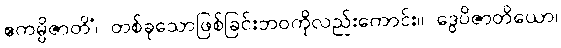
ဧကမ္ပိဇာတိံ၊ တစ်ခုသောဖြစ်ခြင်းဘဝကိုလည်းကောင်း။ ဒွေပိဇာတိယော၊